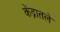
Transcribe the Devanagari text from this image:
केंद्रातले